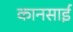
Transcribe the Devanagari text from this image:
कानसाई